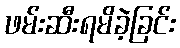
ဖမ်းဆီးရမိခဲ့ခြင်း